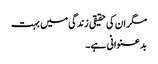
مگر ان کی حقیقی زندگی میں بہت
بد عنوانی ہے۔